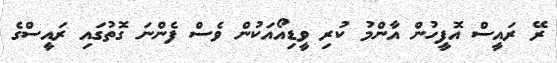
ރޭ ރައީސް އޮފީހުން އާންމު ކުރި ވީޑިއޯއަކުން ވެސް ފެންނަ ގޮތުގައި ރައީސްގެ